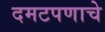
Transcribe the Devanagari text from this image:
दमटपणाचे